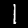
Digit: 1